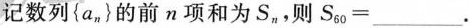
记数列\left\{a_n\right\}的前n项和为S_{n}，则$$S_{60}=___$$.